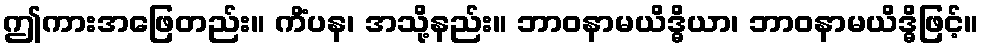
ဤကားအဖြေတည်း။ ကိံပန၊ အသို့နည်း။ ဘာဝနာမယိဒ္ဓိယာ၊ ဘာဝနာမယိဒ္ဓိဖြင့်။